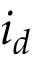
i _ { d }